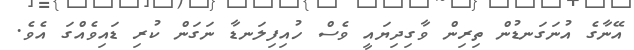
އޭނާގެ އުނަގަނޑުން ތިރިން ވާގިދިޔައީ ވެސް ހުއިފިލަނޑާ ނަގަން ކުރި ޑައިވެއްގަ އެވެ.